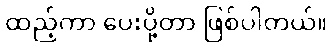
ထည့်ကာ ပေးပို့တာ ဖြစ်ပါတယ်။